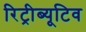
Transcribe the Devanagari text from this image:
रिट्रीब्यूटिव